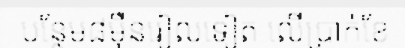
បន្ថែម៨ម៉ឺនរៀលទៀត លើប្រាក់ខែ